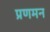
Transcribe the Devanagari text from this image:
प्रणमन